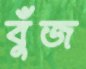
বুঁজ